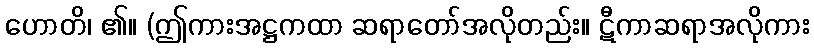
ဟောတိ၊ ၏။ (ဤကားအဋ္ဌကထာ ဆရာတော်အလိုတည်း။ ဋီကာဆရာအလိုကား